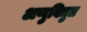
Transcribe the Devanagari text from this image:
अणुविद्युत